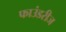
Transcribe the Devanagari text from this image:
फाउंडरीज